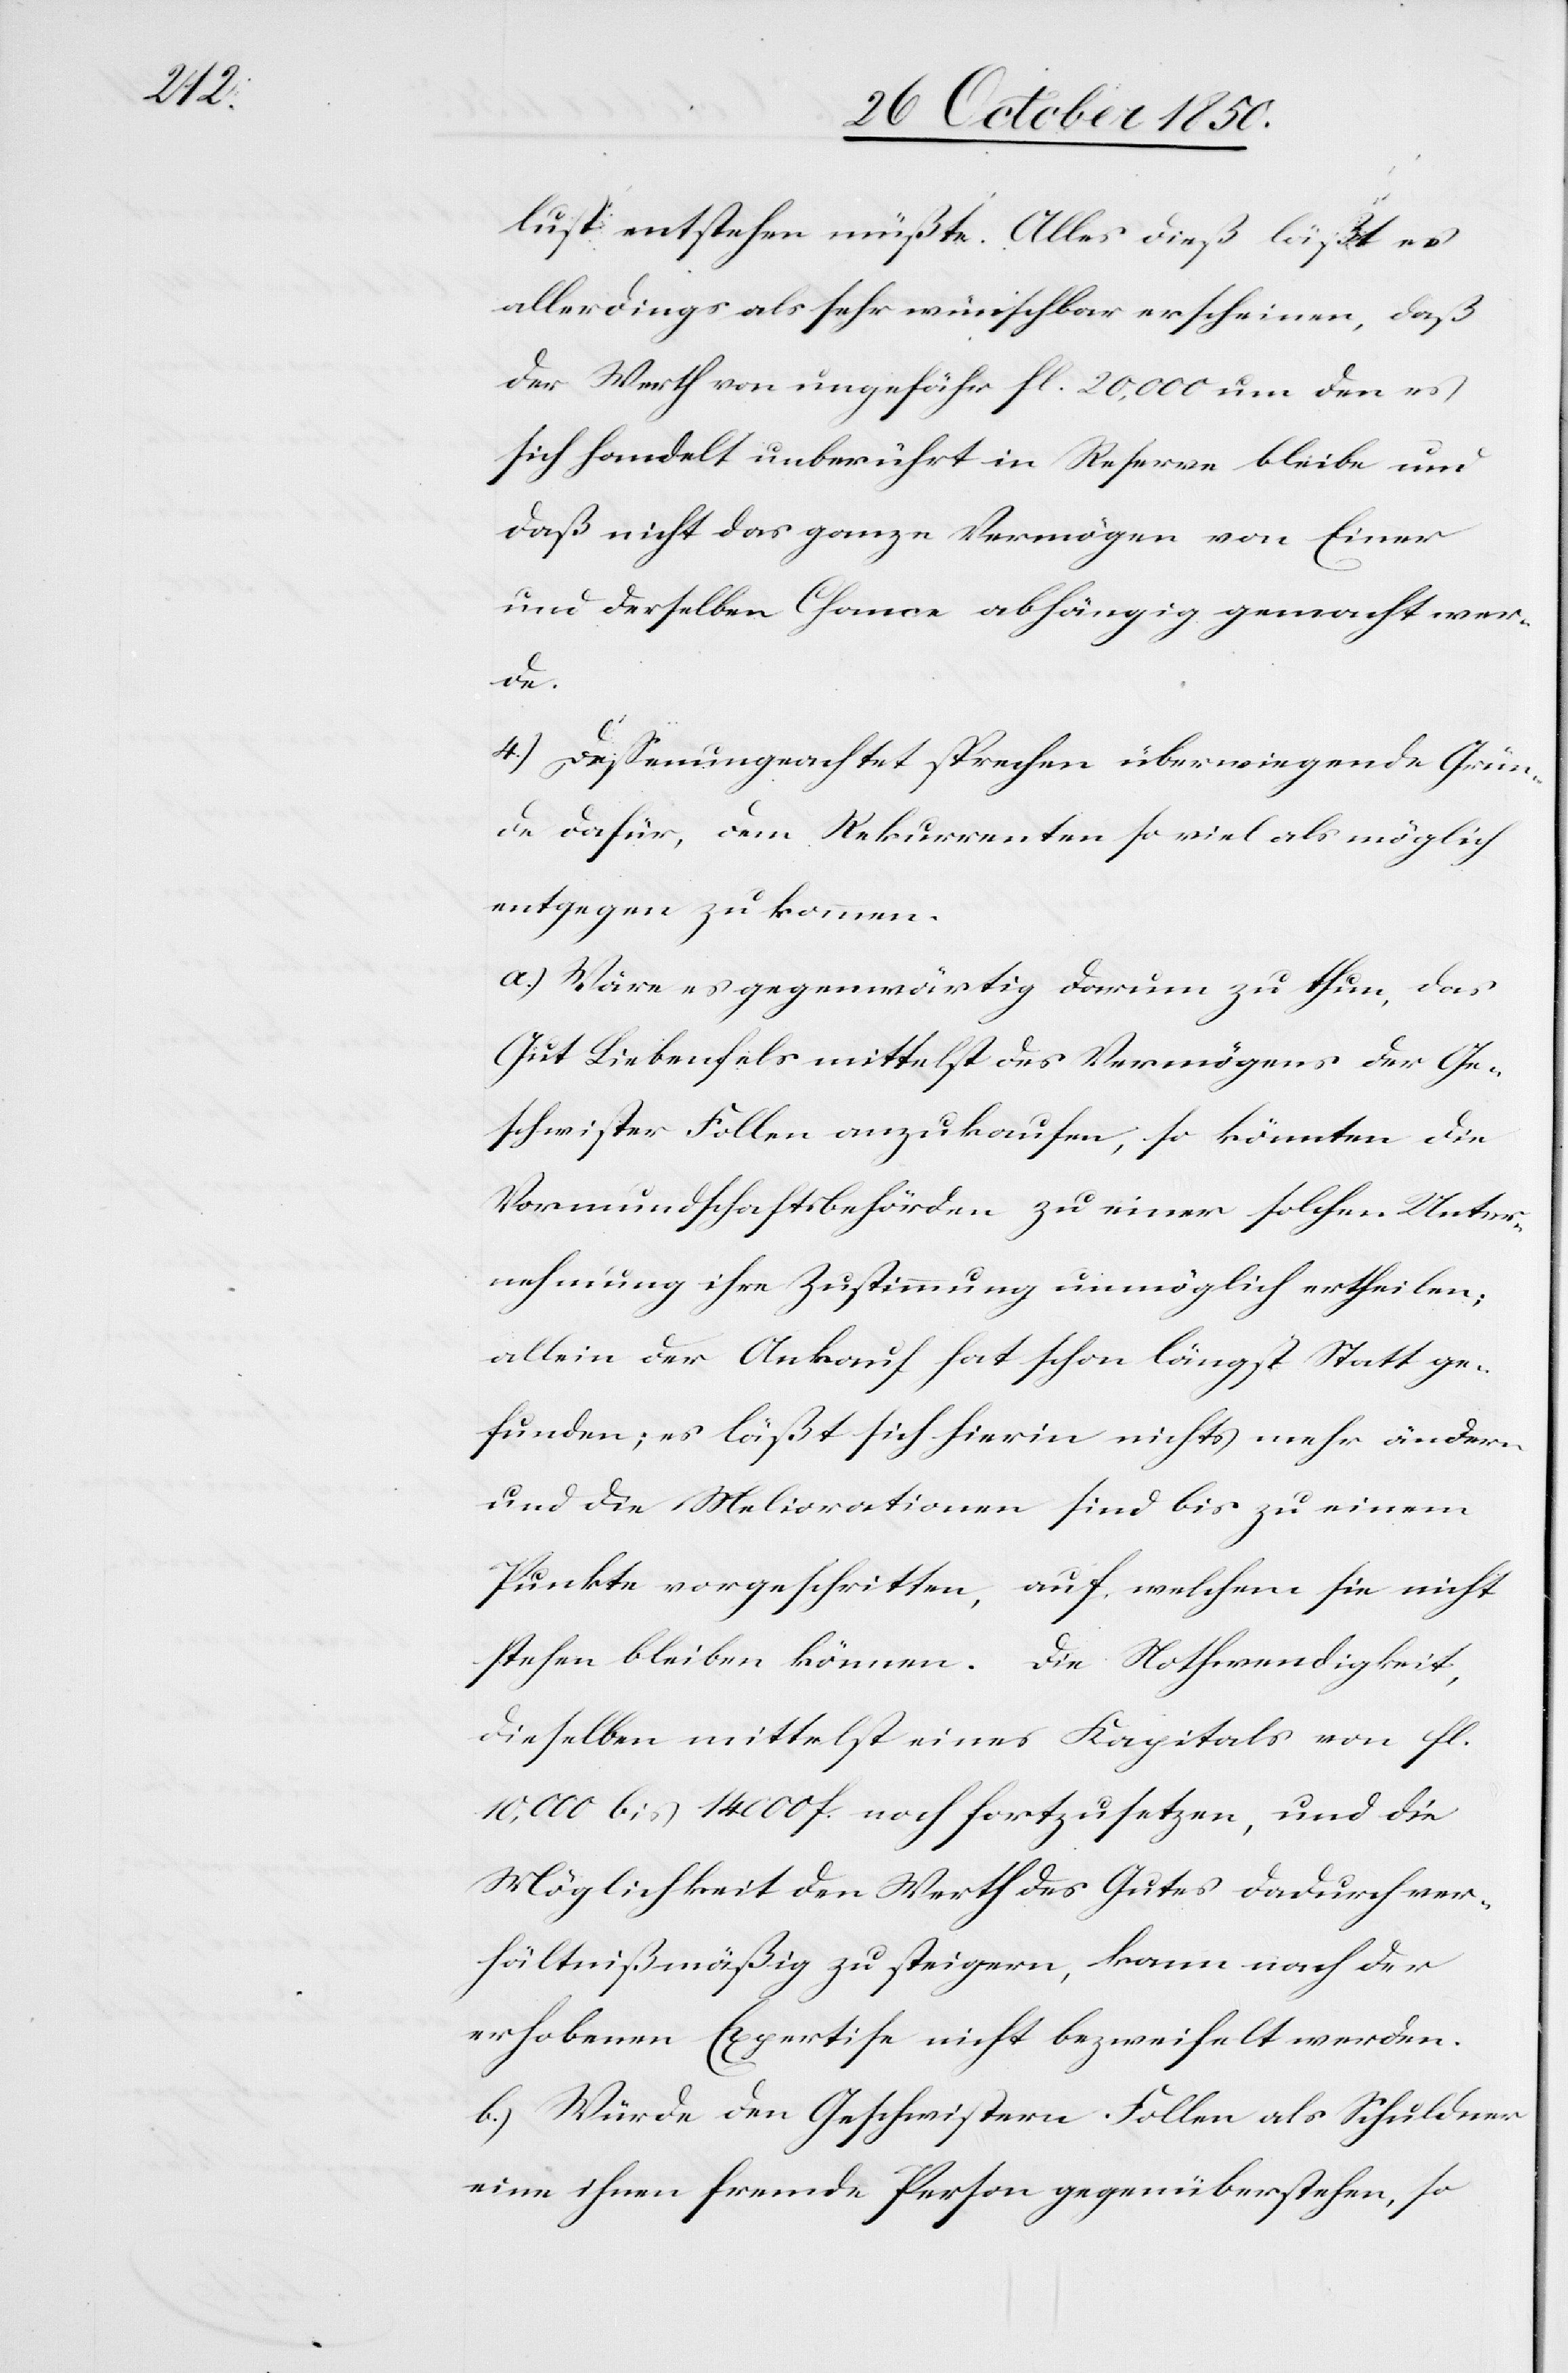
lust entstehen müßte. Alles dieß läßt es
allerdings als sehr wünschbar erscheinen, daß
der Werth von ungefähr fl. 20,000 um den es
sich handelt unberührt in Reserve bleibe und
daß nicht das ganze Vermögen von Einer
und derselben Chance abhängig gemacht wer¬
de.
4.) Dessenungeachtet sprechen überwiegende Grün¬
de dafür, dem Rekurrenten so viel als möglich
entgegen zu kommen.
a.) Wäre es gegenwärtig darum zu thun, das
Gut Liebenfels mittelst des Vermögens der Ge¬
schwister Follen anzukaufen, so könnten die
Vormundschaftsbehörden zu einer solchen Unter¬
nehmung ihre Zustimmung unmöglich ertheilen;
allein der Ankauf hat schon längst Statt ge¬
funden; es läßt sich hierin nichts mehr ändern
und die Meliorationen sind bis zu einem
Punkte vorgeschritten, auf welchem sie nicht
stehen bleiben können. Die Nothwendigkeit,
dieselben mittelst eines Kapitals von fl.
10,000 bis 14 000 f. noch fortzusetzen, und die
Möglichkeit den Werth des Gutes dadurch ver¬
hältnißmäßig zu steigern, kann nach der
erhobenen Expertise nicht bezweifelt werden.
b.) Würde den Geschwistern Follen als Schuldner
eine ihnen fremde Person gegenüberstehen, so